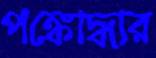
পঙ্কোদ্ধার